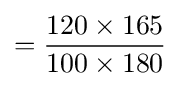
={\frac {120\times 165}{100\times 180}}